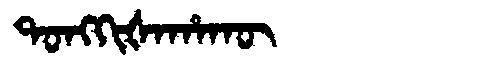
Manchu: ᡨᠣᠩᡴᡳᡧᠠᡥᠠᡴᡡ
Romanization: TONGKIŠAHAKŪ